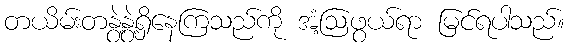
တယိမ်းတနွဲ့နွဲ့ရှိနေကြသည်ကို အံ့ဩဖွယ်ရာ မြင်ရပါသည်။